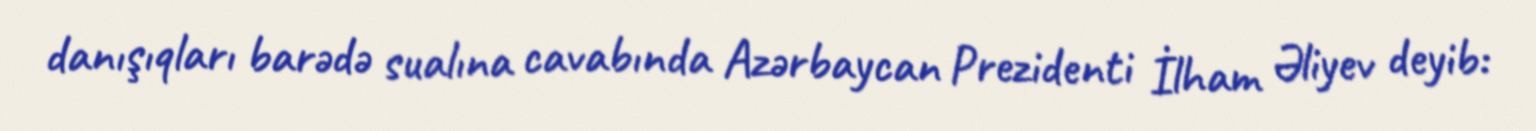
danışıqları barədə sualına cavabında Azərbaycan Prezidenti İlham Əliyev deyib: